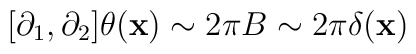
[\partial_1,\partial_2]\theta({\bf x})\sim 2\pi B \sim 2\pi\delta({\bf x})